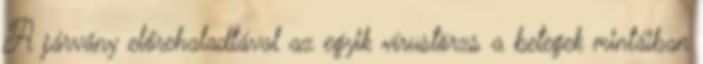
A járvány előrehaladtával az egyik vírustörzs a betegek mintáiban